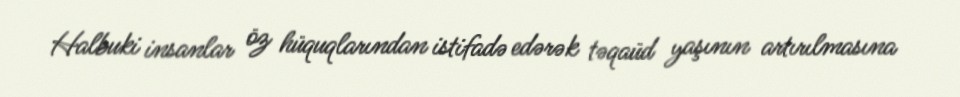
Halbuki insanlar öz hüquqlarından istifadə edərək təqaüd yaşının artırılmasına